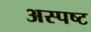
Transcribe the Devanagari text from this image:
अस्पष्ट